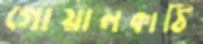
গোয়ালকাঠি